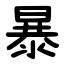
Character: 暴